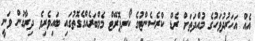
އެއް އަހަރުދުވަހުގެ މުއްދަތަށް ރެޑް ކްރެސެންޓުގެ ކޯރޕޮރޭޓް މެމްބަރެއްގެގޮތުގައި ބައިވެރިވެ ދިރާގުން ވަނީ